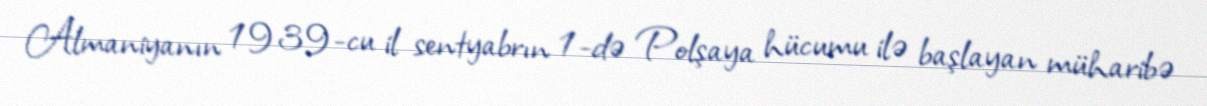
Almaniyanın 1939-cu il sentyabrın 1-də Polşaya hücumu ilə başlayan müharibə